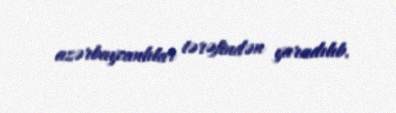
azərbaycanlılar tərəfindən yaradılıb.